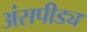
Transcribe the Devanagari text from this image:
अंसपीड्य